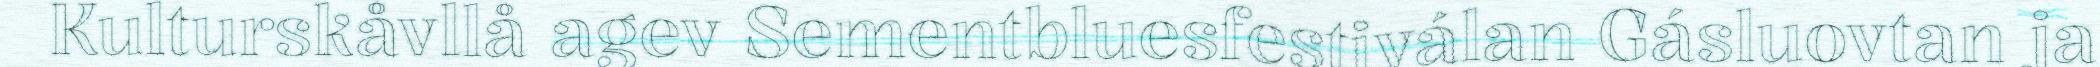
Kulturskåvllå agev Sementbluesfestiválan Gásluovtan ja